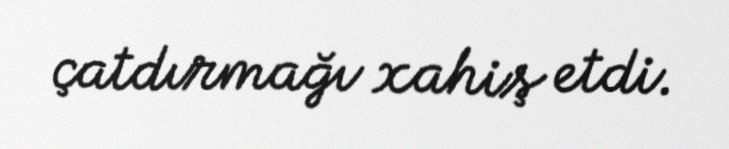
çatdırmağı xahiş etdi.